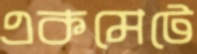
একমেটে